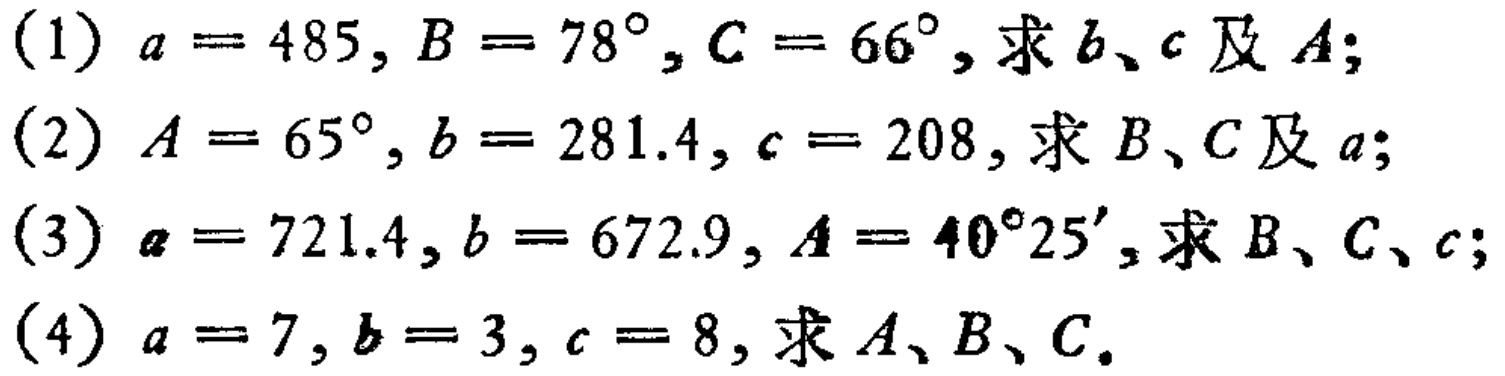
(1) \(a = 485, B = 78^{\circ}, C = 66^{\circ}\),求\(b、c\)及\(A\);
(2) \(A = 65^{\circ}, b = 281.4, c = 208\),求\(B、C\)及\(a\);
(3) \(a = 721.4, b = 672.9, A = 40^{\circ}25'\),求\(B、C、c\);
(4) \(a = 7, b = 3, c = 8\),求\(A、B、C\).